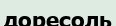
доресоль